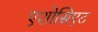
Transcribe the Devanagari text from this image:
एशोसिएट